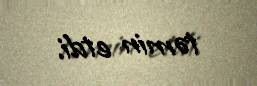
təmin etdi.